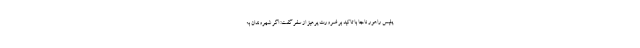
پلیس راهور ناجا با تاکید بر ضرورت پرهیز از سفر گفت: اگر شهروندان به